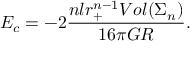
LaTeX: E _ { c } = - 2 \frac { n l r _ { + } ^ { n - 1 } V o l ( \Sigma _ { n } ) } { 1 6 \pi G R } .